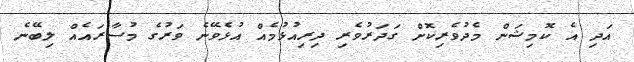
އަދި އެ ކޮމިޝަން މެދުވެރިކޮށް ގަދަރުވެރި ދިރިއުޅުމެއް އުޅެވޭނެ ވަރުގެ މުސާރައެއް ލިބޭނެ